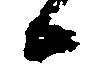
候